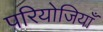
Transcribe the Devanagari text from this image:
परियोजियाँ